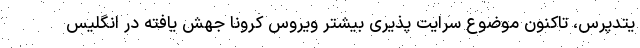
یتدپرس، تاکنون موضوع سرایت پذیری بیشتر ویروس کرونا جهش یافته در انگلیس